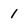
Character: 1